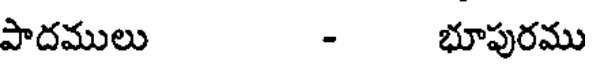
పాదములు - భూపురము